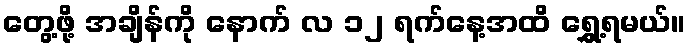
တွေ့ဖို့ အချိန်ကို နောက် လ ၁၂ ရက်နေ့အထိ ရွှေ့ရမယ်။